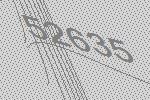
52635